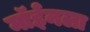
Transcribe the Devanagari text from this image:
मॉईनला